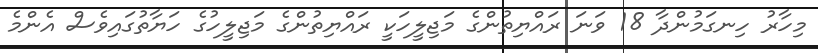
މިހާރު ހިނގަމުންދާ 18 ވަނަ ރައްޔިތުންގެ މަޖިލީހަކީ ރައްޔިތުންގެ މަޖިލީހުގެ ހަޔާތުގައިވެސް އެންމެ